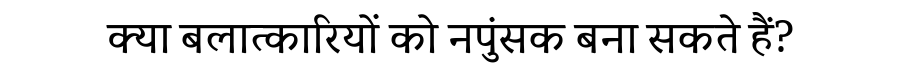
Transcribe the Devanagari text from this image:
क्या बलात्कारियों को नपुंसक बना सकते हैं?